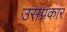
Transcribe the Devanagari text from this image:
उसप्रकार